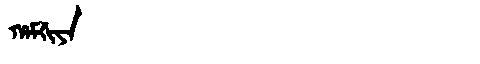
Manchu: ᡥᠠᠮᡤᡳᠶᠠ
Romanization: HAMGIYA